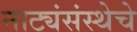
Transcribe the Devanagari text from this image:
नाट्यंसंस्थेचे